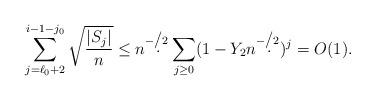
LaTeX: \begin{align*}\sum_{j=\ell_0+2}^{i-1-j_0}\sqrt{\frac{|S_j|}{n}}\le n^{-\d/2}\sum_{j\ge 0} (1-Y_2n^{-\d/2})^j =O(1).\end{align*}